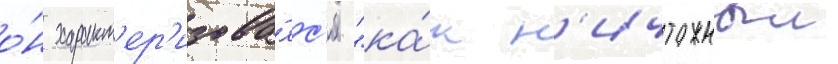
о́н характ'ер'изова́лс'я "ка́к н'ичтожныи